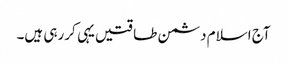
آج اسلام دشمن طاقتیں یہی کررہی ہیں۔